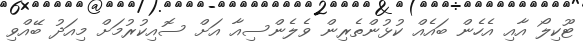
ޓޫކިލޯ އާއި އެހެން ބައެއް ކުޅުންތެރިން ވެލެންސިއާ އަށް ސޮއިކުރުމަށް މިއަދު ބޭއްވި